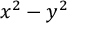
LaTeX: \ x ^ { 2 } - y ^ { 2 }